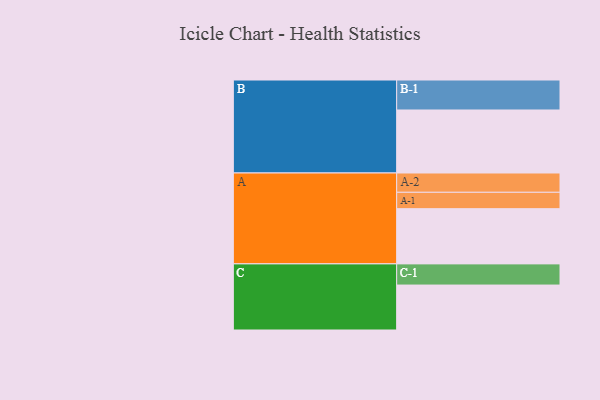
{"axis": {"x": "Segment", "y": "Value"}, "legend": ["", "A", "B", "C"], "data": [{"x": "A", "y": 495, "type": ""}, {"x": "B", "y": 565, "type": ""}, {"x": "C", "y": 403, "type": ""}, {"x": "A-1", "y": 147, "type": "A"}, {"x": "A-2", "y": 173, "type": "A"}, {"x": "B-1", "y": 269, "type": "B"}, {"x": "C-1", "y": 190, "type": "C"}]}